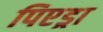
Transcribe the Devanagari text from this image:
पिएड्रा